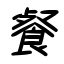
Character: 餐